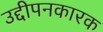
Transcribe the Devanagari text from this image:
उद्दीपनकारक